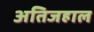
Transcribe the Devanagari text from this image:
अतिजहाल